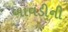
બાવડીની